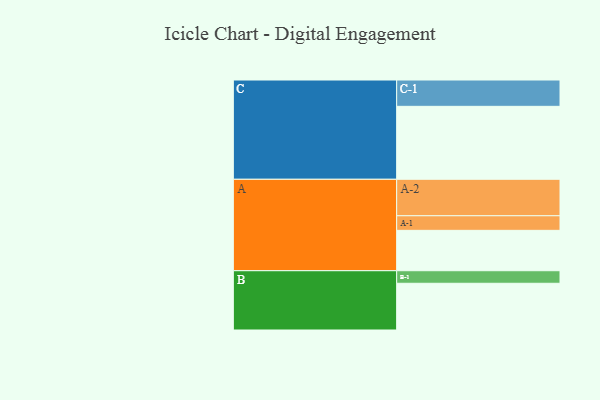
{"axis": {"x": "Segment", "y": "Value"}, "legend": ["", "A", "B", "C"], "data": [{"x": "A", "y": 319, "type": ""}, {"x": "B", "y": 369, "type": ""}, {"x": "C", "y": 576, "type": ""}, {"x": "A-1", "y": 115, "type": "A"}, {"x": "A-2", "y": 288, "type": "A"}, {"x": "B-1", "y": 99, "type": "B"}, {"x": "C-1", "y": 208, "type": "C"}]}